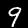
Digit: 9